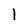
Character: l